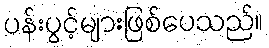
ပန်းပွင့်များဖြစ်ပေသည်။